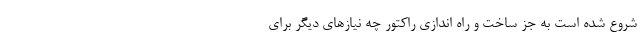
شروع شده است به جز ساخت و راه اندازی راکتور چه نیازهای دیگر برای